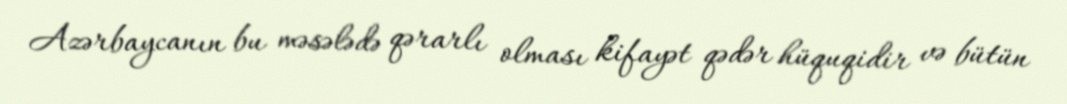
Azərbaycanın bu məsələdə qərarlı olması kifayət qədər hüquqidir və bütün